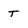
Character: T